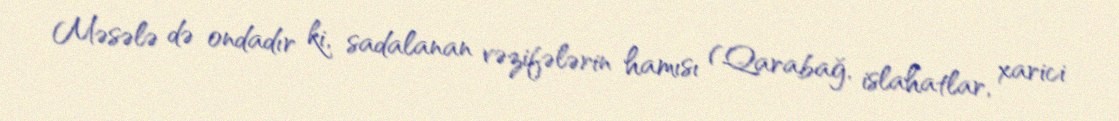
Məsələ də ondadır ki, sadalanan vəzifələrin hamısı (Qarabağ, islahatlar, xarici